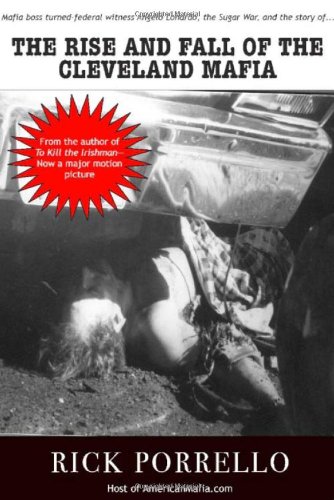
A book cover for The Rise and Fall of the Cleveland Mafia: Corn Sugar and Blood; Rick Porrello; Biographies & Memoirs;